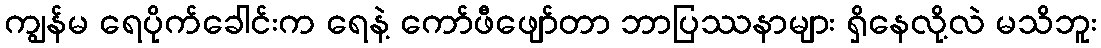
ကျွန်မ ရေပိုက်ခေါင်းက ရေနဲ့ ကော်ဖီဖျော်တာ ဘာပြဿနာများ ရှိနေလို့လဲ မသိဘူး